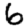
Digit: 6